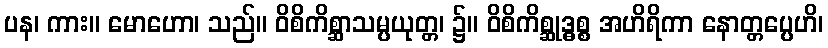
ပန၊ ကား။ မောဟော၊ သည်။ ဝိစိကိစ္ဆာသမ္ပယုတ္တ၊ ၌။ ဝိစိကိစ္ဆုဒ္ဓစ္စ အဟိရိကာ နောတ္တပ္ပေဟိ၊